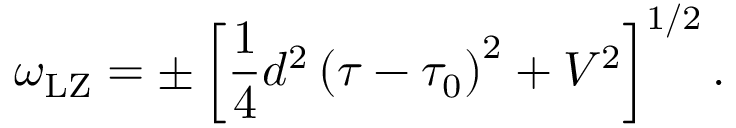
\omega _ { \mathrm { { L Z } } } = \pm \left[ \frac { 1 } { 4 } d ^ { 2 } \left( \tau - \tau _ { 0 } \right) ^ { 2 } + V ^ { 2 } \right] ^ { 1 / 2 } .